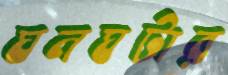
ঘনঘটার